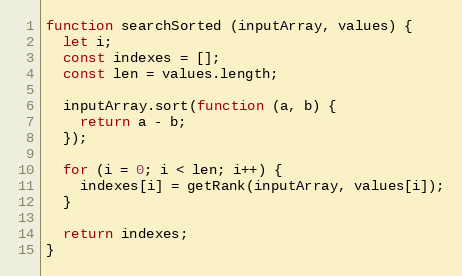
Language: JavaScript
function searchSorted (inputArray, values) {
  let i;
  const indexes = [];
  const len = values.length;

  inputArray.sort(function (a, b) {
    return a - b;
  });

  for (i = 0; i < len; i++) {
    indexes[i] = getRank(inputArray, values[i]);
  }

  return indexes;
}